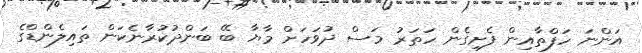
އަންނަ ހަފްތާއިން ފެށިގެން ހަތަރު މަސް ދުވަހަށް މާޔާ ބޭ ބަންދުކުރާނެކަން ތައިލެންޑްގެ